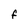
Character: F